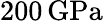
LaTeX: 200\, \mathrm{GPa}